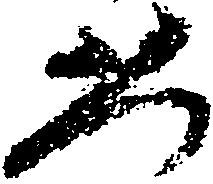
恐